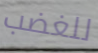
للغضب